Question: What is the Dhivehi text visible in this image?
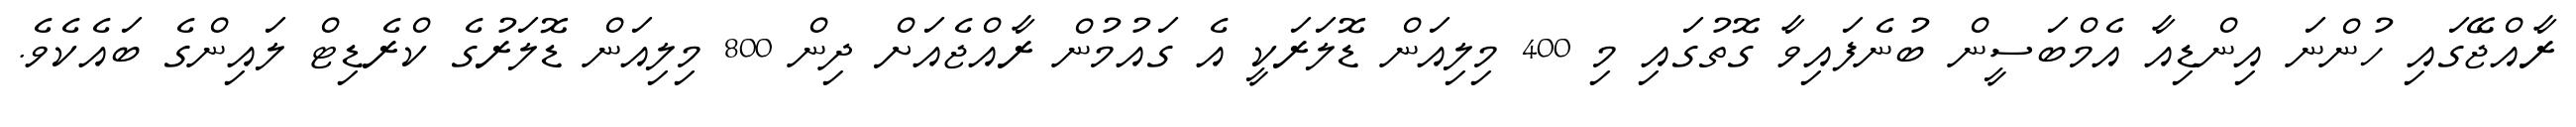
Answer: ރާއްޖޭގައި ހުންނަ އިންޑިއާ އެމްބަސީން ބުނެފައިވާ ގޮތުގައި މި 400 މިލިއަން ޑޮލަރަކީ އެ ގައުމުން ރާއްޖެއަށް ދިން 800 މިލިއަން ޑޮލަރުގެ ކްރެޑިޓް ލައިންގެ ބައެކެވެ.